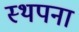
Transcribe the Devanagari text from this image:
स्‍थपना